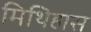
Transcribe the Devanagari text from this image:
मिथिहास